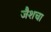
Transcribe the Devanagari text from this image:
जैशचा